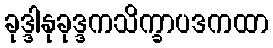
ခုဒ္ဒါနုခုဒ္ဒကသိက္ခာပဒကထာ